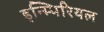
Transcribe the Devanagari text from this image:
इन्म्पिरियल